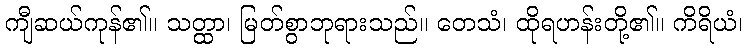
ကျီဆယ်ကုန်၏။ သတ္ထာ၊ မြတ်စွာဘုရားသည်။ တေသံ၊ ထိုရဟန်းတို့၏။ ကိရိယံ၊